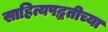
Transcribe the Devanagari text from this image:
साहित्यपद्धतीच्या